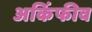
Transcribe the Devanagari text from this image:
अकिंफीव